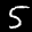
Label: 5